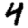
Digit: 4